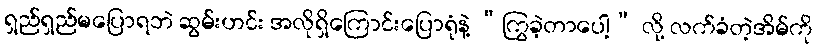
ရှည်ရှည်မပြောရဘဲ ဆွမ်းဟင်း အလိုရှိကြောင်းပြောရုံနဲ့ “ကြွခဲ့တာပေါ့” လို့ လက်ခံတဲ့အိမ်ကို